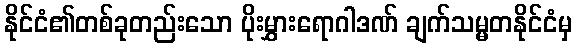
နိုင်ငံ၏တစ်ခုတည်းသော ပိုးမွှားရောဂါဒဏ် ချက်သမ္မတနိုင်ငံမှ